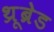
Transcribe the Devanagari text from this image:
थ्रूब्रेड